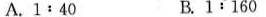
A.$$1 : 4 0$$ B.$$1 : 1 6 0$$